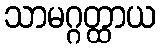
သာမဂ္ဂတ္ထာယ